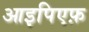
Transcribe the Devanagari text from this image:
आइपिएफ़